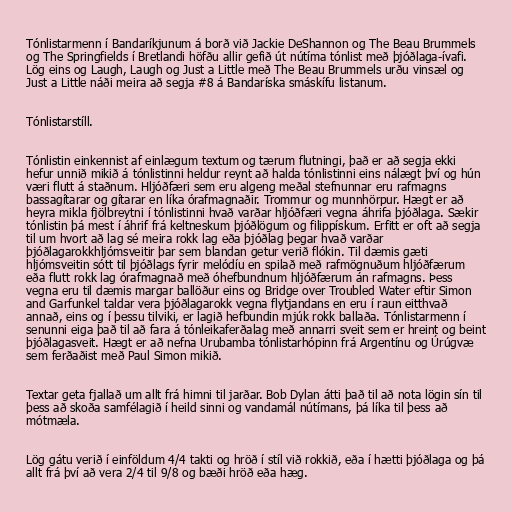
Tónlistarmenn í Bandaríkjunum á borð við Jackie DeShannon og The Beau Brummels
og The Springfields í Bretlandi höfðu allir gefið út nútíma tónlist með þjóðlaga-ívafi.
Lög eins og Laugh, Laugh og Just a Little með The Beau Brummels urðu vinsæl og
Just a Little náði meira að segja #8 á Bandaríska smáskífu listanum.

Tónlistarstíll.

Tónlistin einkennist af einlægum textum og tærum flutningi, það er að segja ekki
hefur unnið mikið á tónlistinni heldur reynt að halda tónlistinni eins nálægt því og hún
væri flutt á staðnum. Hljóðfæri sem eru algeng meðal stefnunnar eru rafmagns
bassagítarar og gítarar en líka órafmagnaðir. Trommur og munnhörpur. Hægt er að
heyra mikla fjölbreytni í tónlistinni hvað varðar hljóðfæri vegna áhrifa þjóðlaga. Sækir
tónlistin þá mest í áhrif frá keltneskum þjóðlögum og filippískum. Erfitt er oft að segja
til um hvort að lag sé meira rokk lag eða þjóðlag þegar hvað varðar
þjóðlagarokkhljómsveitir þar sem blandan getur verið flókin. Til dæmis gæti
hljómsveitin sótt til þjóðlags fyrir melódíu en spilað með rafmögnuðum hljóðfærum
eða flutt rokk lag órafmagnað með óhefbundnum hljóðfærum án rafmagns. Þess
vegna eru til dæmis margar ballöður eins og Bridge over Troubled Water eftir Simon
and Garfunkel taldar vera þjóðlagarokk vegna flytjandans en eru í raun eitthvað
annað, eins og í þessu tilviki, er lagið hefbundin mjúk rokk ballaða. Tónlistarmenn í
senunni eiga það til að fara á tónleikaferðalag með annarri sveit sem er hreint og beint
þjóðlagasveit. Hægt er að nefna Urubamba tónlistarhópinn frá Argentínu og Úrúgvæ
sem ferðaðist með Paul Simon mikið.

Textar geta fjallað um allt frá himni til jarðar. Bob Dylan átti það til að nota lögin sín til
þess að skoða samfélagið í heild sinni og vandamál nútímans, þá líka til þess að
mótmæla.

Lög gátu verið í einföldum 4/4 takti og hröð í stíl við rokkið, eða í hætti þjóðlaga og þá
allt frá því að vera 2/4 til 9/8 og bæði hröð eða hæg.